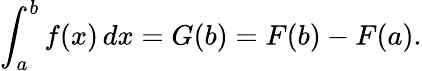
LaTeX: \int_{a}^{b}f(x)\, dx=G(b)=F(b)-F(a).